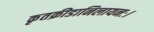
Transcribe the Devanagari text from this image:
कृतक्रीडानिलायनः।